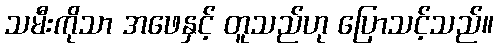
သမီးကိုသာ အဖေနှင့် တူသည်ဟု ပြောသင့်သည်။